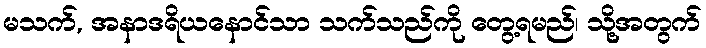
မသက်, အနာဒရိယနောင်သာ သက်သည်ကို တွေ့ရမည်၊ သို့အတွက်